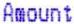
AMOUNT